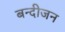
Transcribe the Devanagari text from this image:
बन्दीजन